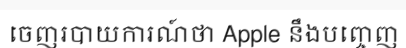
ចេញរបាយការណ៍ថា Apple នឹងបញ្ចេញ